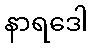
နာရဒေါ